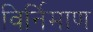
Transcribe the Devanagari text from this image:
विर्निमाण